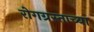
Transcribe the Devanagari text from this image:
रोगग्रस्ताच्या